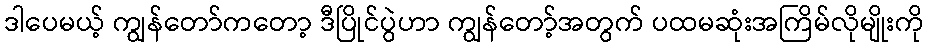
ဒါပေမယ့် ကျွန်တော်ကတော့ ဒီပြိုင်ပွဲဟာ ကျွန်တော့်အတွက် ပထမဆုံးအကြိမ်လိုမျိုးကို